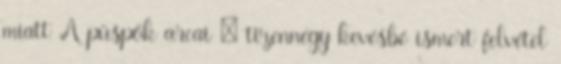
miatt A püspök arcai – tizennégy kevésbé ismert felvétel